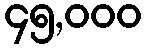
၄၅,၀၀၀